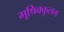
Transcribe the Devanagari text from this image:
मूषिक्कुलम